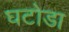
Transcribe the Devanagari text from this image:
घटोडा